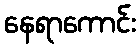
နေရာကောင်း